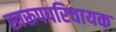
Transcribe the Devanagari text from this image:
स्वरूपपरिचायक